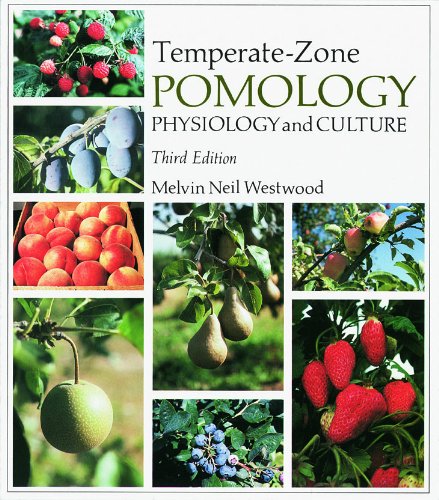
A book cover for Temperate-Zone Pomology: Physiology and Culture, Third Edition; Melvin Neil Westwood; Crafts, Hobbies & Home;